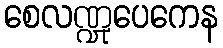
စေလဏ္ဍုပေကေန